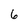
Character: 6